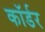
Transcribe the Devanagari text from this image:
कॉर्डर